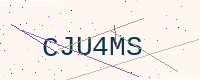
Text: CJU4MS